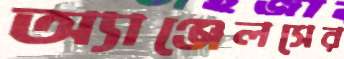
অ্যাঞ্জেলসের